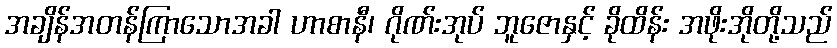
အချိန်အတန်ကြာသောအခါ ဟာစာနီ၊ ဂိုဏ်းအုပ် ဘူဇောနှင့် ခိုထိန်း အဖိုးအိုတို့သည်